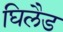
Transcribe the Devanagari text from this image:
घिलैड